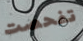
تفحصت